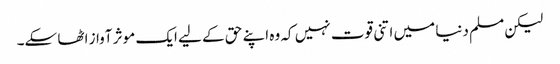
لیکن مسلم دنیا میں اتنی قوت نہیں کہ وہ اپنے حق کے لیے ایک موثر آواز اٹھا سکے۔